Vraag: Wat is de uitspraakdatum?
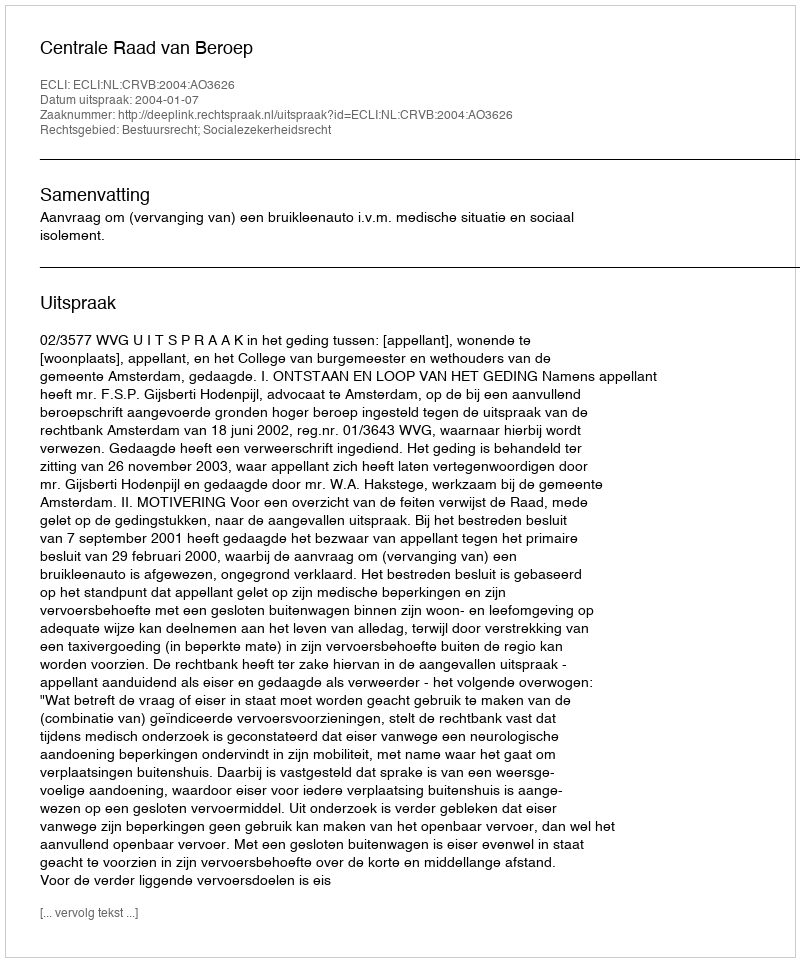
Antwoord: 2004-01-07